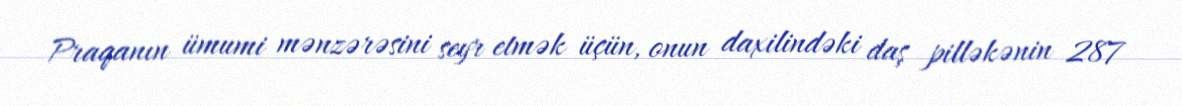
Praqanın ümumi mənzərəsini seyr etmək üçün, onun daxilindəki daş pilləkənin 287